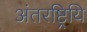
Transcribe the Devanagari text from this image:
अंतरष्ट्रियि